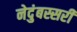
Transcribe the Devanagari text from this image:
नेदुंबस्सरी